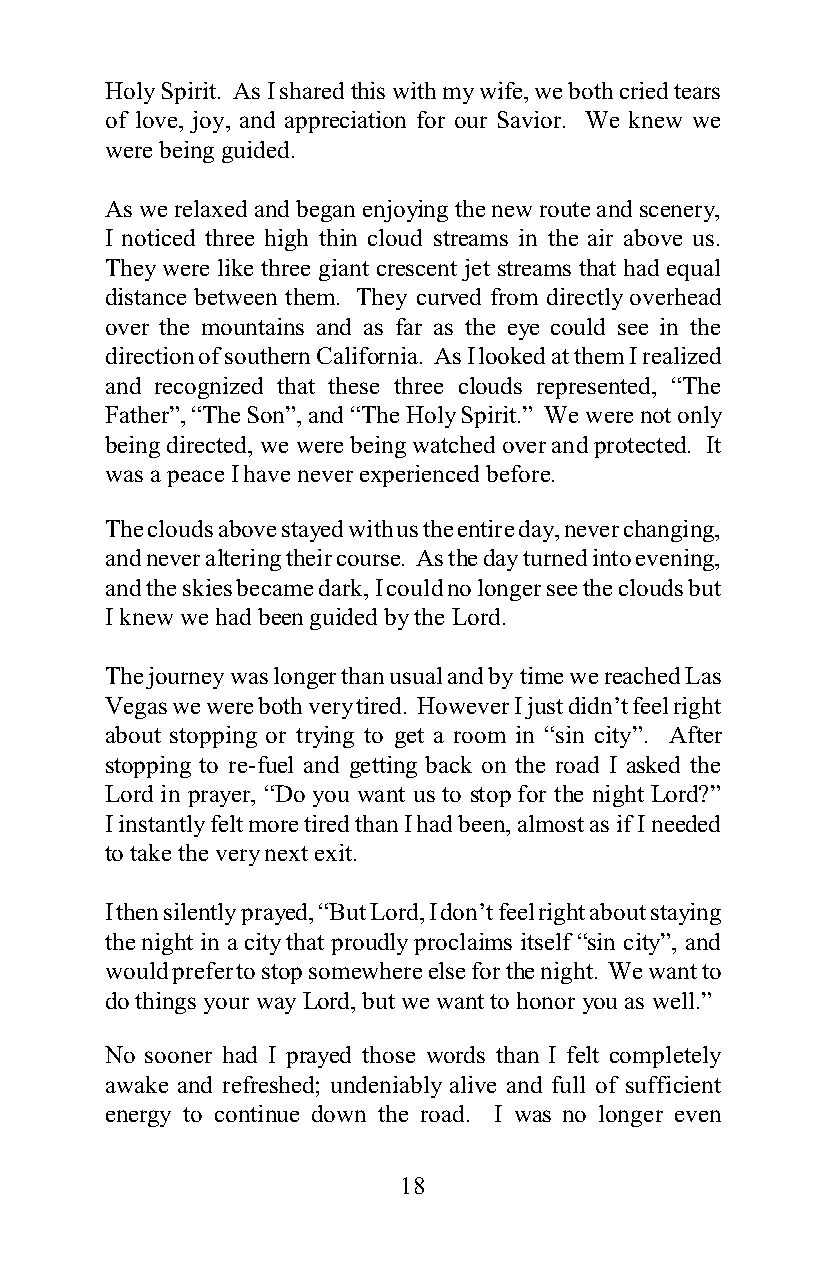
Holy Spirit. As I shared this with my wife, we both cried tears
 of love, joy, and appreciation for our Savior. We knew we
 were being guided.
 As we relaxed and began enjoying the new route and scenery,
 I noticed three high thin cloud streams in the air above us.
 They were like three giant crescent jet streams that had equal
 distance between them. They curved from directly overhead
 over the mountains and as far as the eye could see in the
 direction of southern California. As I looked at them I realized
 and recognized that these three clouds represented, “The
 Father”, “The Son”, and “The Holy Spirit.” We were not only
 being directed, we were being watched over and protected. It
 was a peace I have never experienced before.
 The clouds above stayed with us the entire day, never changing,
 and never altering their course. As the day turned into evening,
 and the skies became dark, I could no longer see the clouds but
 I knew we had been guided by the Lord.
 The journey was longer than usual and by time we reached Las
 Vegas we were both very tired. However I just didn’t feel right
 about stopping or trying to get a room in “sin city”. After
 stopping to re-fuel and getting back on the road I asked the
 Lord in prayer, “Do you want us to stop for the night Lord?”
 I instantly felt more tired than I had been, almost as if I needed
 to take the very next exit.
 I then silently prayed, “But Lord, I don’t feel right about staying
 the night in a city that proudly proclaims itself “sin city”, and
 would prefer to stop somewhere else for the night. We want to
 do things your way Lord, but we want to honor you as well.”
 No sooner had I prayed those words than I felt completely
 awake and refreshed; undeniably alive and full of sufficient
 energy to continue down the road. I was no longer even
 18